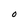
Character: O